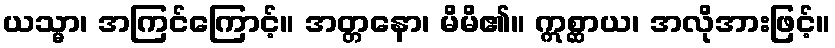
ယသ္မာ၊ အကြင်ကြောင့်။ အတ္တနော၊ မိမိ၏။ ဣစ္ဆာယ၊ အလိုအားဖြင့်။